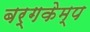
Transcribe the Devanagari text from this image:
बर्गकेम्प